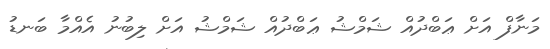
މަނާފް އަށް ޢަބްދުއް ޝަމްޝު ޢަބްދުއް ޝަމްޝު އަށް ލިބުނު އެއްމާ ބަނޑު